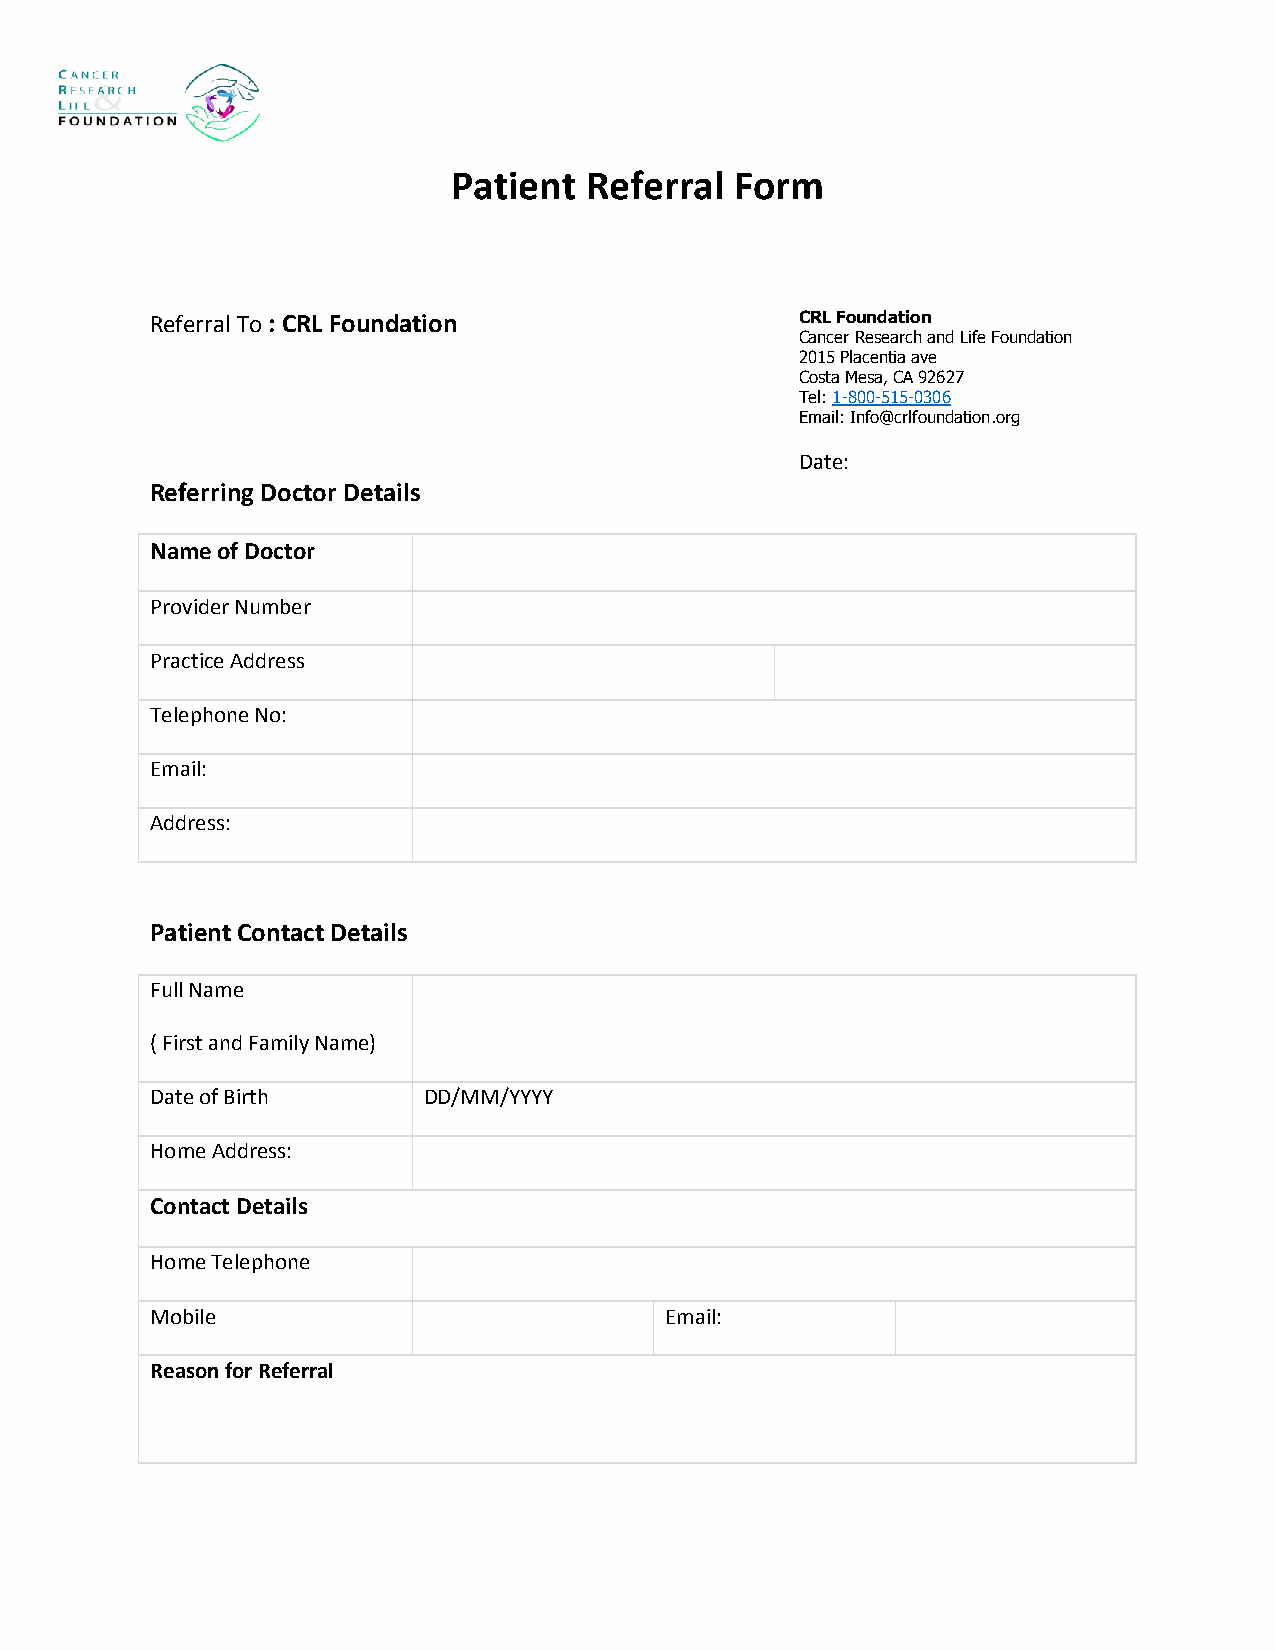
Patient  Referral  Form
 Referral To : CRL Foundation               CRL Foundation
 Cancer Research and Life Foundation
 2015 Placentia ave
 Costa Mesa, CA 92627
 Tel: 1-800-515-0306
 Email: Info@crlfoundation.org
 Date:
 Referring Doctor Details
 Name of Doctor
 Provider Number
 Practice Address
 Telephone No:
 Email:
 Address:
 Patient Contact Details
 Full Name
 ( First and Family Name)
 Date of Birth     DD/MM/YYYY
 Home Address:
 Contact Details
 Home Telephone
 Mobile                            Email:
 Reason for Referral